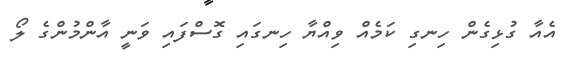
އެއާ ގުޅިގެން ހިނގި ކަމެއް ވިއްޔާ ހިނގައި ގޮސްފައި ވަނީ އާންމުންގެ ލޯ